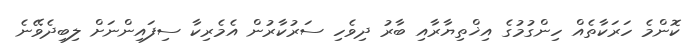
ކޮންމެ ހަރަކާތެއް ހިންގުމުގެ އިޚްތިޔާރާއި ބާރު ދިވެހި ސަރުކާރުން އެމެރިކާ ސިފައިންނަށް ލިބިދެވޭނެ